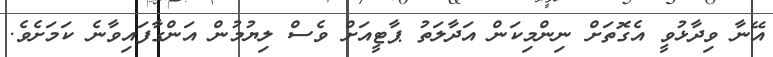
އޭނާ ވިދާޅުވީ އެގޮތަށް ނިންމިކަން އަދާލަތު ޕާޓީއަށް ވެސް ލިޔުމުން އަންގާފައިވާނެ ކަމަށެވެ.